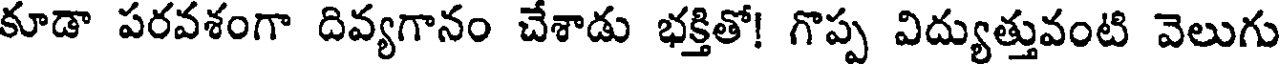
కూడా పరవశంగా దివ్యగానం చేశాడు భక్తితో! గొప్ప విద్యుత్తువంటి వెలుగు